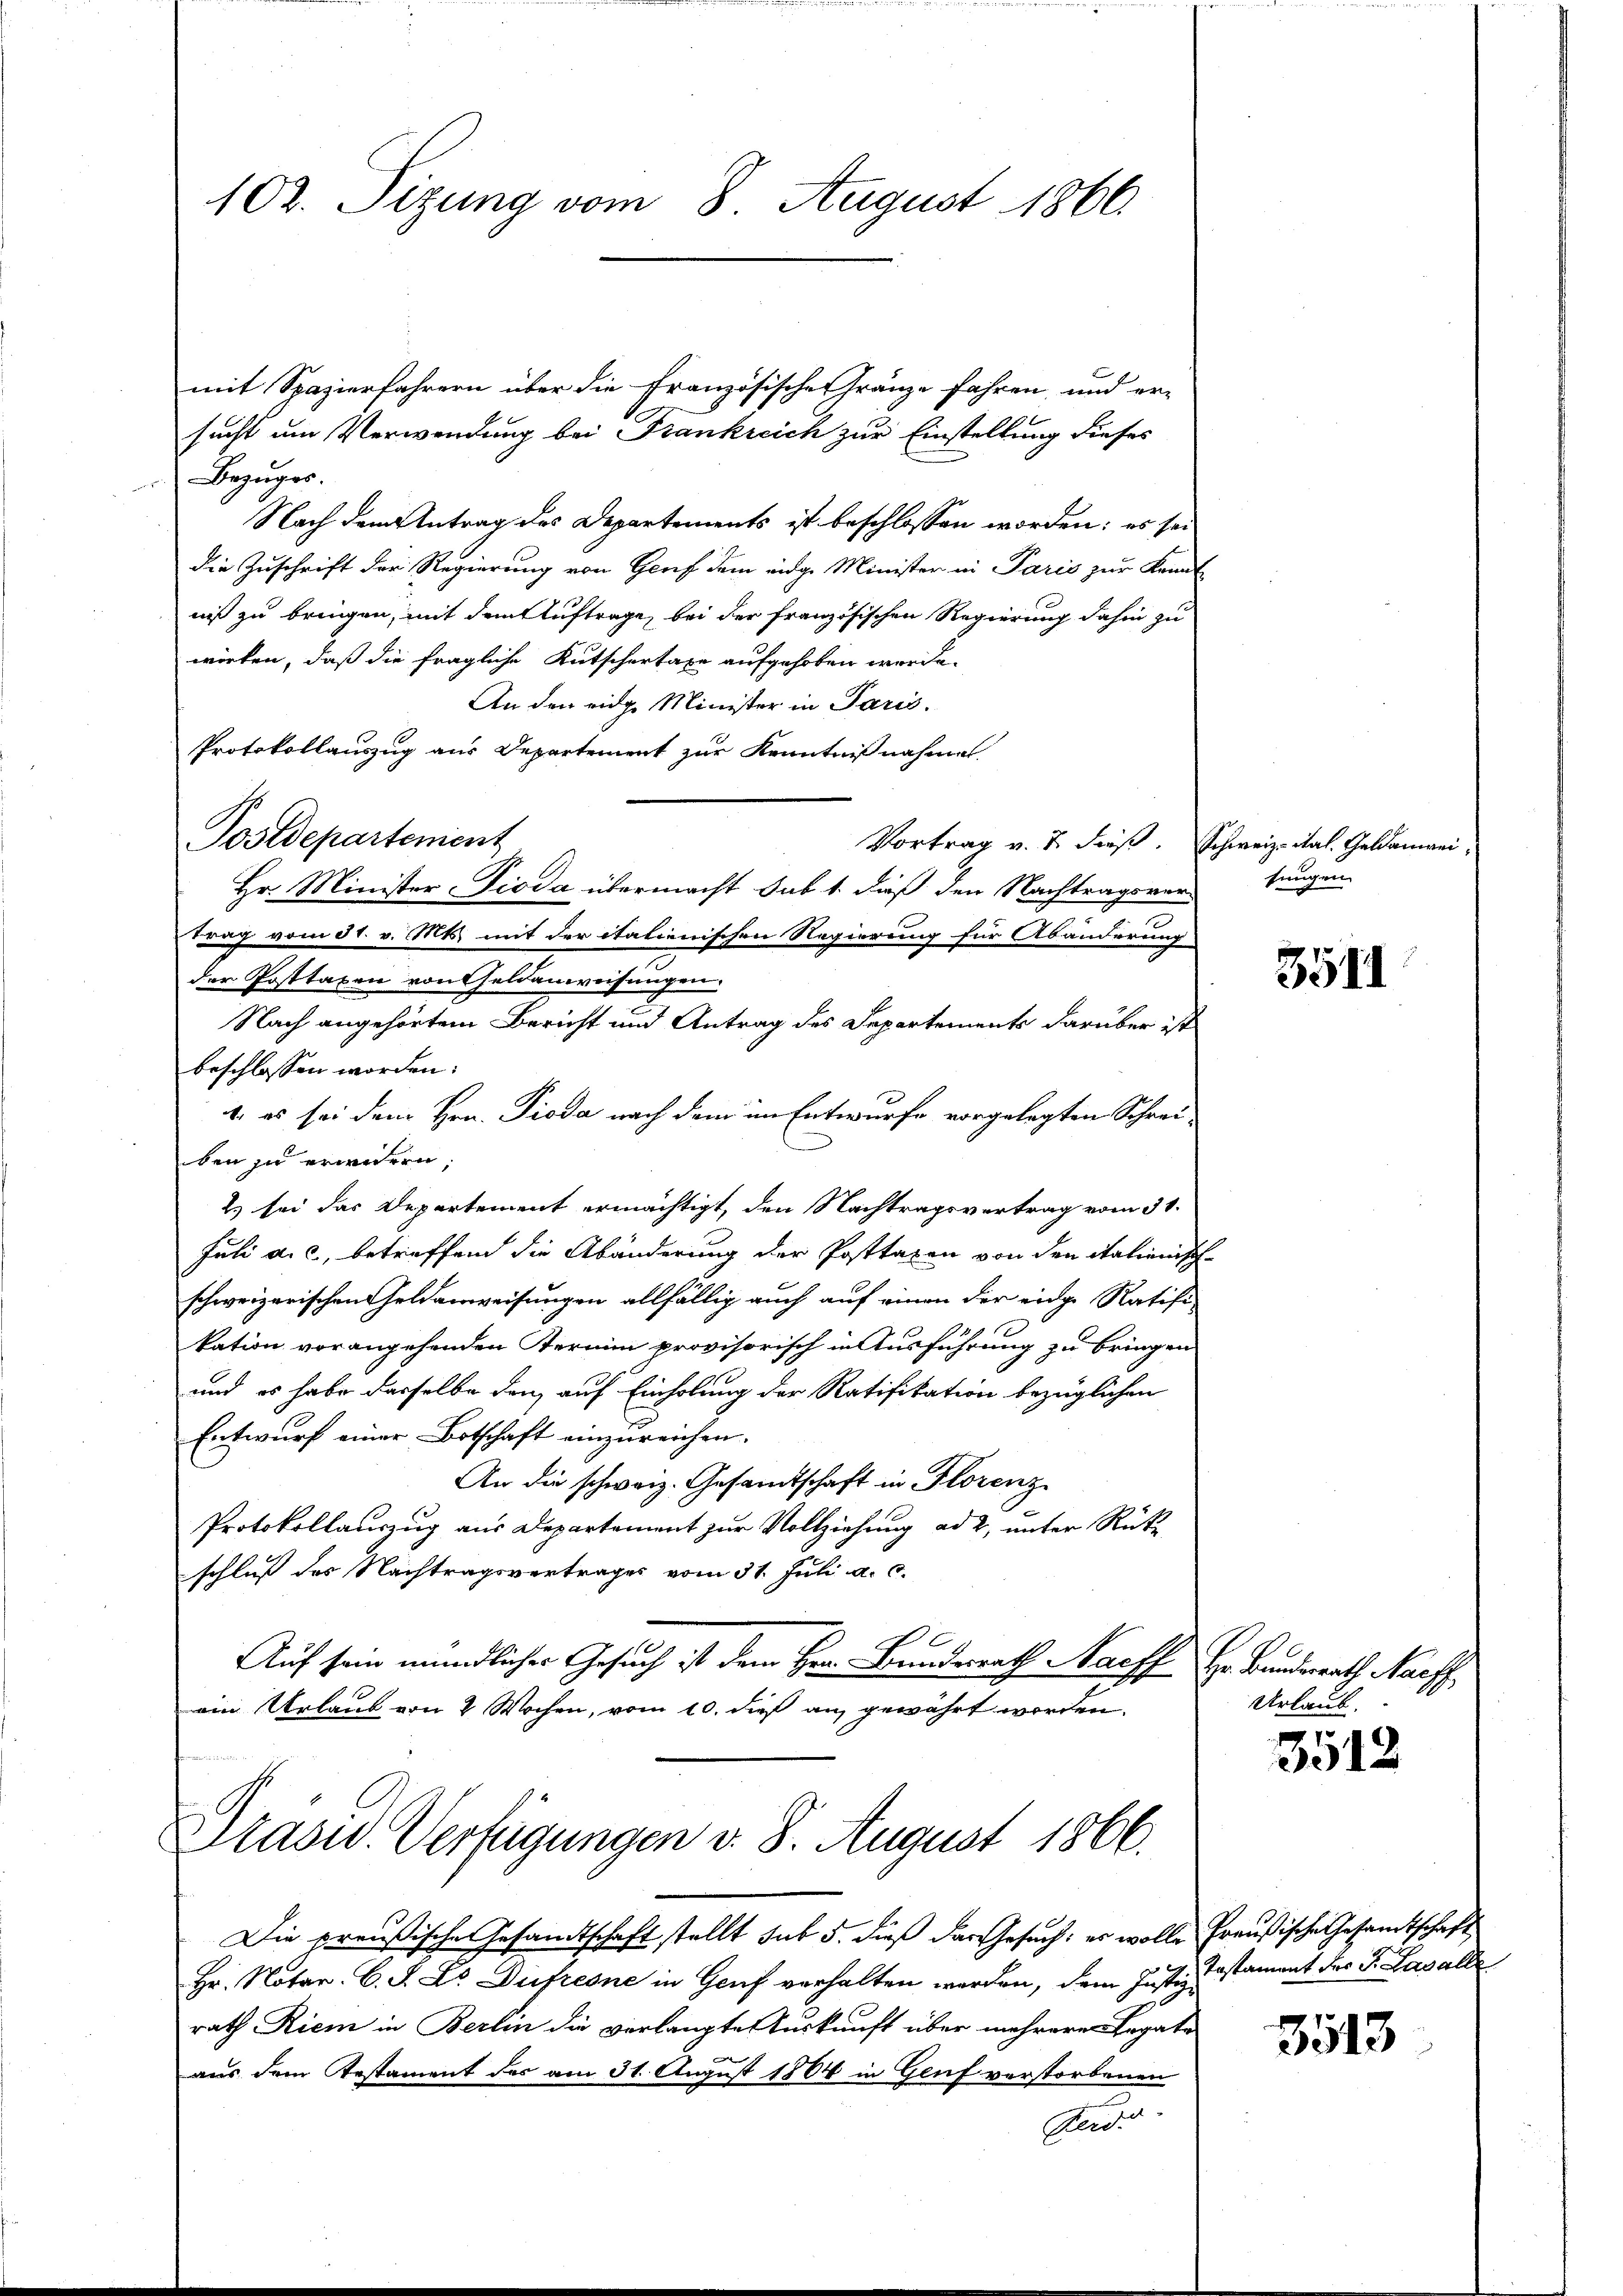
102. Sizung vom 8 August 1866.

mit Spazierfahrern über die Französischen Fränze fahren, und er-
sucht um Verwendung bei Frankreich zur Einstellung dieses
Bezŭges.
Nach dem Antrag des Departements ist beschlossen worden; es sei
die Zuschrift der Regierung von Genf dem eidge Minister in Paris zur Kennt
niß zu bringen, mit dem Auftrage, bei der französischen Regierung dahin zu
wirken, daß die fragliche Kutschertaxe aufgehoben werde.
An den eidge Minister in Paris.
Protokollauszug aus Departement zur Kenntnißnahmet.
Vortrag v. 7. dieß. Schweiz. Stal. Geldanwei¬
Hr. Minister Pioda übermacht sub 1. dieß den Nachtragsver
trag vom 31. v. Mts. mit der italienischen Regierung für Abänderung
der Posttaxen von Feldanweisungen.
Nach angehörtem Bericht und Antrag des Departements darüber ist
beschlossen worden:
1. es sei dem Hrn. Pioda nach dem im Entwurfe vorgelegten Schrei-
ben zu erwidern,
2) sei das Departement ermächtigt, den Nachtragsvertrag vom 31.
Juli a. c., betreffend die Abänderung der Posttaxen von den italienisch
schweizerischen Geldanweisungen allfällig auch auf einen der eige Ratifi-
kation vorangehenden Termin provisorisch in Ausführung zu bringen.
und es habe dasselbe den auf Einholung der Ratifikation bezüglichen
Entwurf einer Botschaft einzureichen.
An die schweiz. Gesamtschaft in Florenz
Protokollauszug aus Departement zur Vollziehung ad 2, unter Rükschluß des Nachtragsvertrages vom 31. Juli a. c.
Auf sein mündlicher Gesuch ist dem Hrn. Bundesrath Harff Hr. Bundesrath Nachf
ein Urlaub von 2 Wochen, vom 10. dieß an gewährt worden.

Postdepartement

Prasid. Verfügungen d. 8. August 1866.

Die preußische Gesandtschaft stellt sub 5. dieß das Gesuch: es wolle Preußische Gesamtschaft
Hr. Notar. C. S. Le Dufresne in Genf verhalten werden, dem Justiz Testament des J. Lavalle
rath Riem in Berlin die verlangte Auskunft über mehrere Legate

aus dem Gestament der am 31. August 1864 in Genf verstorbenen
Ferdi

sungen.

3511

Urlaub.

3512

3513